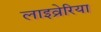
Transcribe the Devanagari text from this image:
लाइव्रेरिया